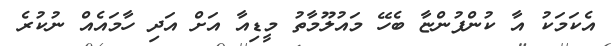
އެކަމަކު އާ ކުންފުންޏާ ބެހޭ މައުލޫމާތު މީޑިއާ އަށް އަދި ހާމައެއް ނުކުރެ